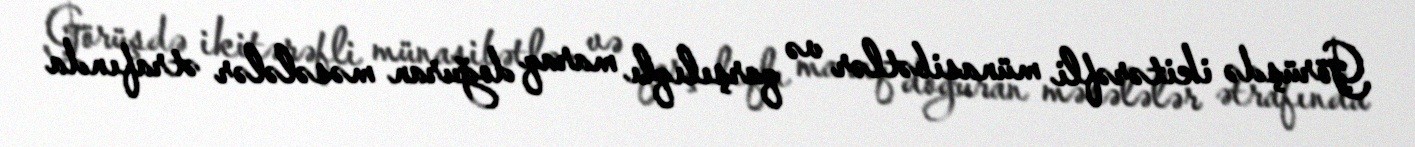
Görüşdə ikitərəfli münasibətlər və qarşılıqlı maraq doğuran məsələlər ətrafında